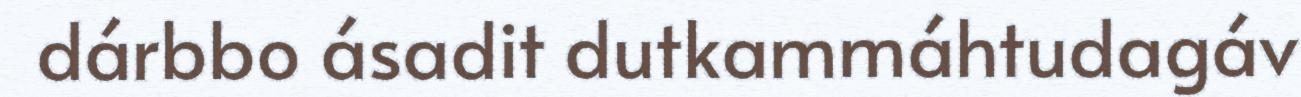
dárbbo ásadit dutkammáhtudagáv